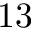
1 3